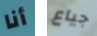
أنا جياع